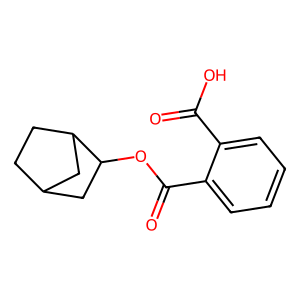
SMILES: O=C(O)c1ccccc1C(=O)OC1CC2CCC1C2
Inhibits HIV replication: No